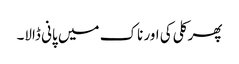
پھر کلی کی اور ناک میں پانی ڈالا۔